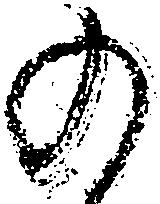
の